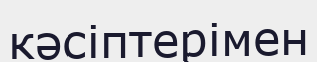
кәсіптерімен